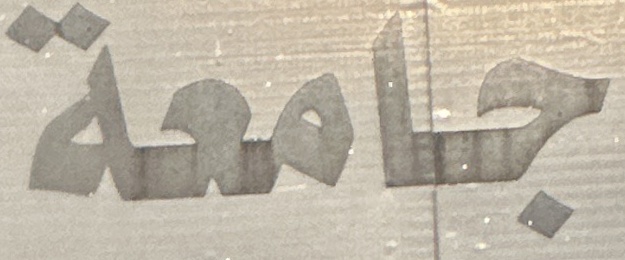
جامعة